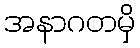
အနာဂတမှိ